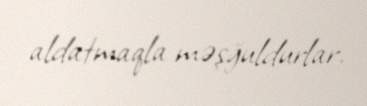
aldatmaqla məşğuldurlar.